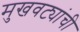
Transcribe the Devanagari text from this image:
मुखवट्यांची